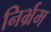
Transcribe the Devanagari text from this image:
निर्भ्रम